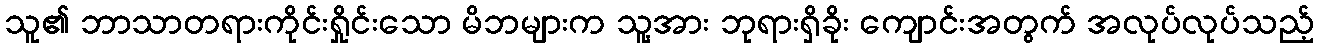
သူ၏ ဘာသာတရားကိုင်းရှိုင်းသော မိဘများက သူ့အား ဘုရားရှိခိုး ကျောင်းအတွက် အလုပ်လုပ်သည့်